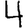
Digit: 4